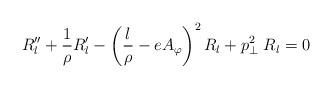
LaTeX: \begin{align*}R_l''+{1\over\rho} R_l' - \left({l\over \rho}-eA_{\varphi}\right)^2 R_l + p_\perp^2\;R_l = 0\end{align*}